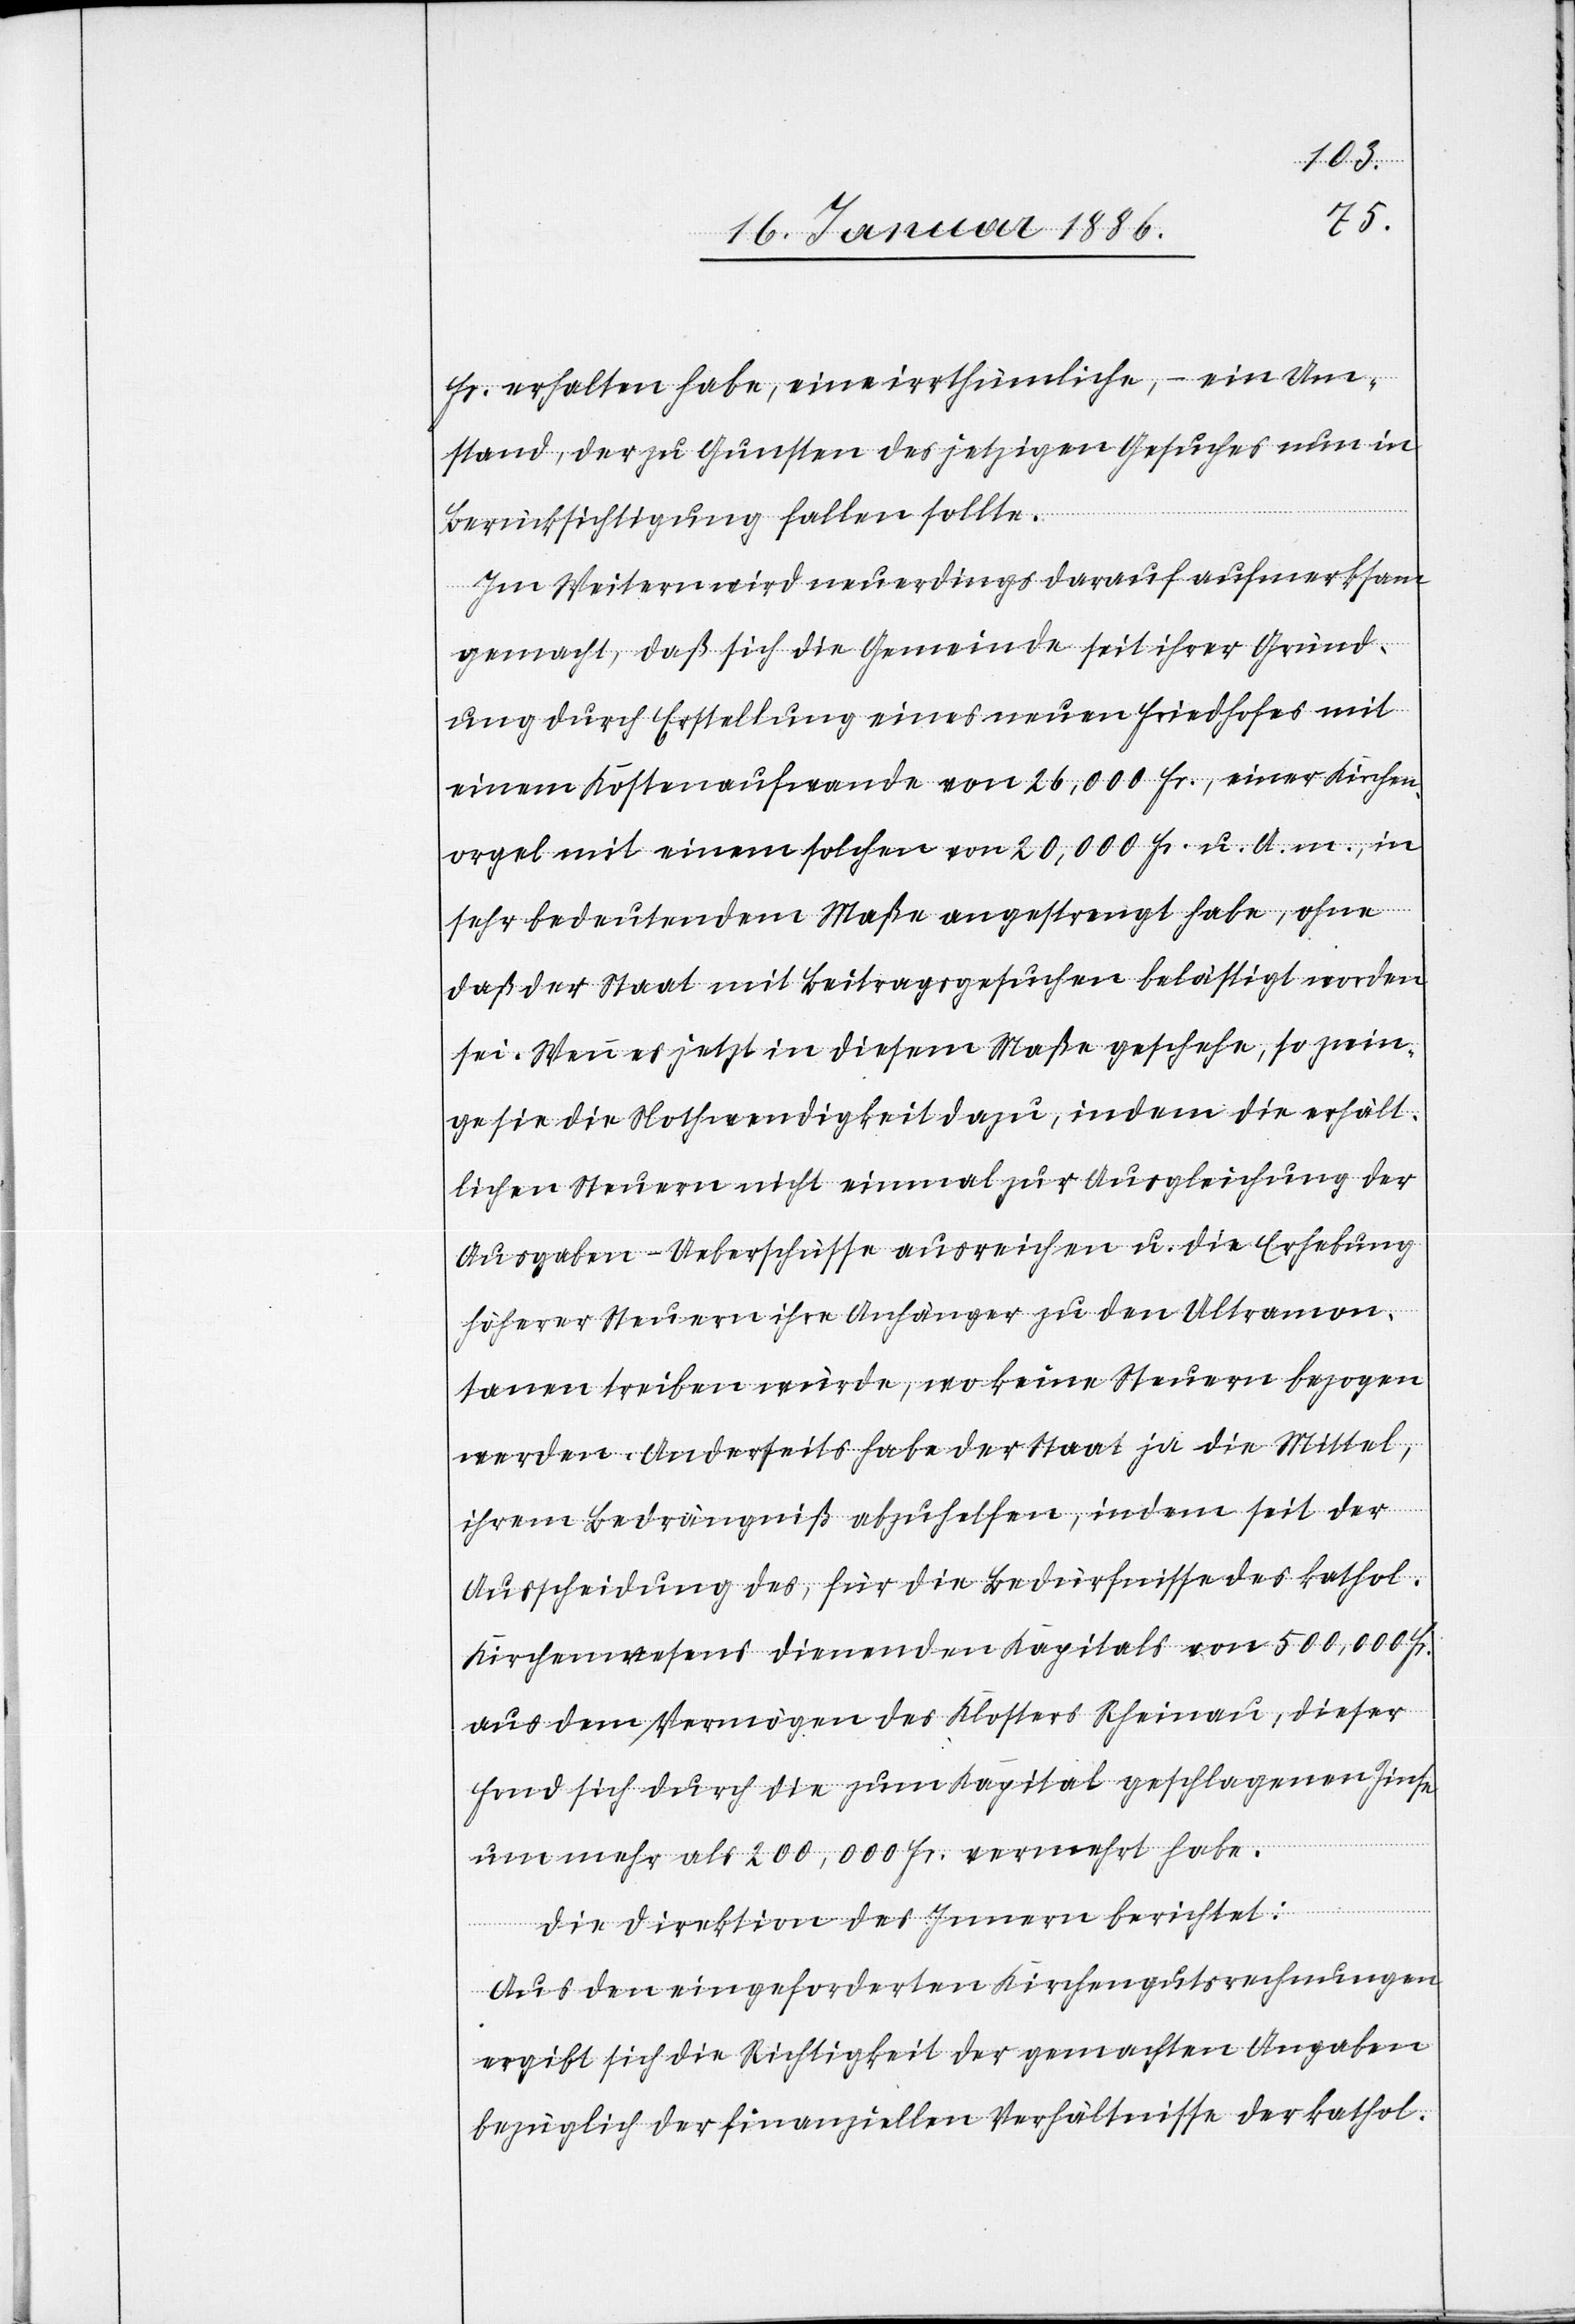
Fr. erhalten habe, eine irrthümliche, – ein Um¬
stand, der zu Gunsten des jetzigen Gesuches nun in
Berücksichtigung fallen sollte.
Im Weitern wird neuerdings darauf aufmerksam
gemacht, daß sich die Gemeinde seit ihrer Gründ¬
ung durch Erstellung eines neuen Friedhofes mit
einem Kostenaufwande von 26,000 Fr., einer Kirchen¬
orgel mit einem solchen von 20,000 Fr. u. A. m., in
sehr bedeutendem Maße angestrengt habe, ohne
daß der Staat mit Beitragsgesuchen belästigt worden
sei. Wenn es jetzt in diesem Maße geschehe, so zwin¬
ge sie die Nothwendigkeit dazu, indem die erhält¬
lichen Steuern nicht einmal zur Ausgleichung der
Ausgaben-Ueberschüsse ausreichen u. die Erhebung
höherer Steuern ihre Anhänger zu den Ultramon¬
tanen treiben würde, wo keine Steuern bezogen
werden. Anderseits habe der Staat ja die Mittel,
ihrem Bedrängniß abzuhelfen, indem seit der
Ausscheidung des, für die Bedürfnisse des kathol.
Kirchenwesens dienenden Kapitals von 500,000 Fr.
aus dem Vermögen des Klosters Rheinau, dieser
Fond sich durch die zum Kapital geschlagenen Zinse
um mehr als 200,000 Fr. vermehrt habe.
Die Direktion des Innern berichtet:
Aus den eingeforderten Kirchengutsrechnungen
ergibt sich die Richtigkeit der gemachten Angaben
bezüglich der finanziellen Verhältnisse der kathol.